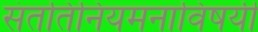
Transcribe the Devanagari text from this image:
संततिनियमनाविषयी